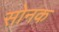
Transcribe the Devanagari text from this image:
सोनक